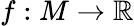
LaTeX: f:M\to\mathbb{R}